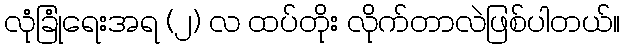
လုံခြုံရေးအရ (၂) လ ထပ်တိုး လိုက်တာလဲဖြစ်ပါတယ်။